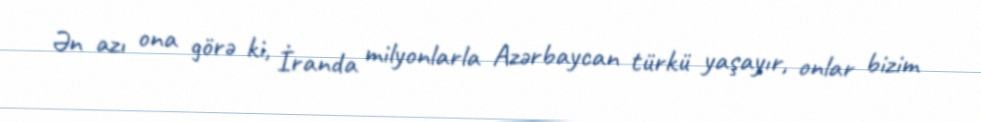
Ən azı ona görə ki, İranda milyonlarla Azərbaycan türkü yaşayır, onlar bizim